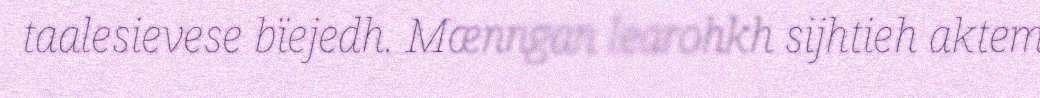
taalesievese bïejedh. Mænngan learohkh sijhtieh aktem